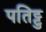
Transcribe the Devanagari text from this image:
पतिट्टु